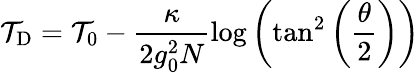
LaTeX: \mathcal{T}_{\mathrm{{D}}}=\mathcal{T}_{0}-\frac{{\kappa}}{{2g_{0}^{2}N}}\log\left(\tan^{2}\left(\frac{{\theta}}{{2}}\right)\right)